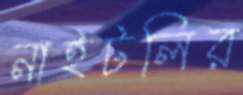
নাইটলির